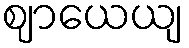
ဈာယေယျ